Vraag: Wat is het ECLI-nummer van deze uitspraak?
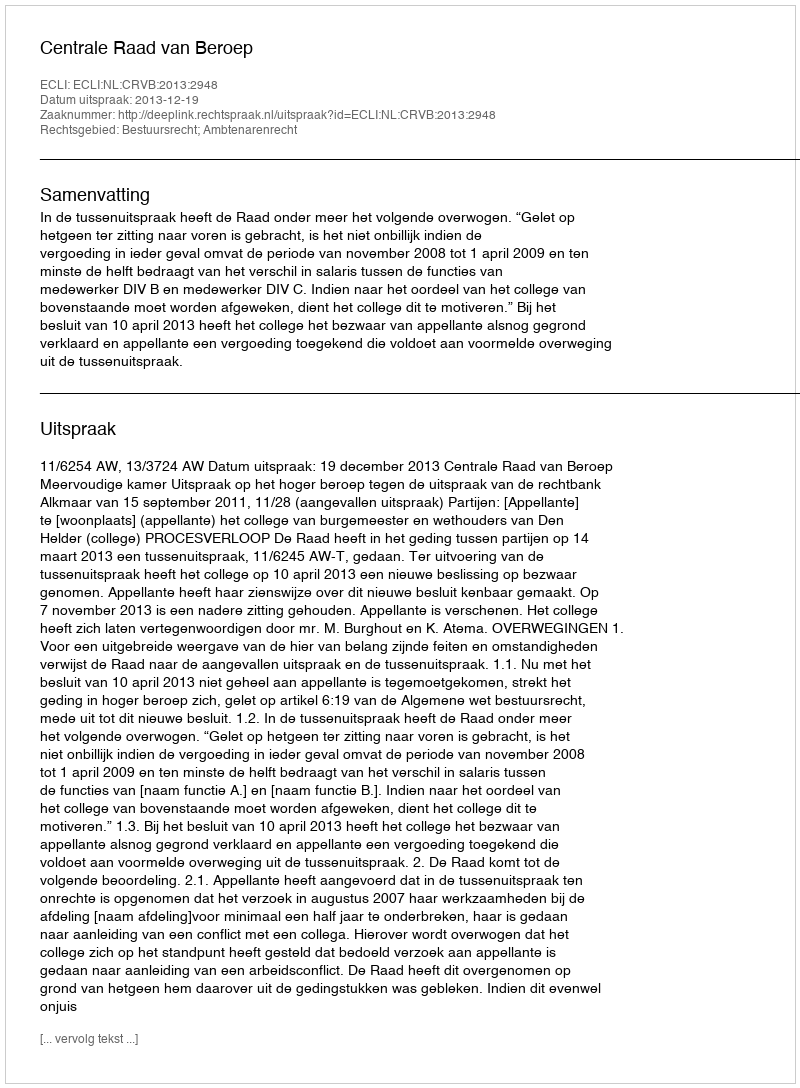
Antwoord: ECLI:NL:CRVB:2013:2948